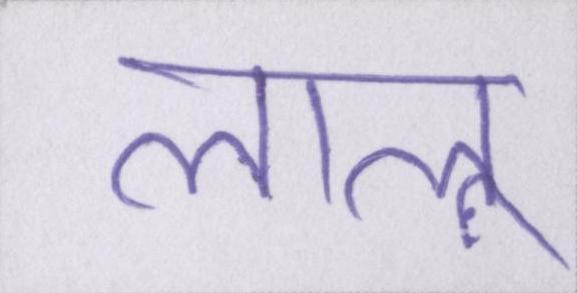
लालू